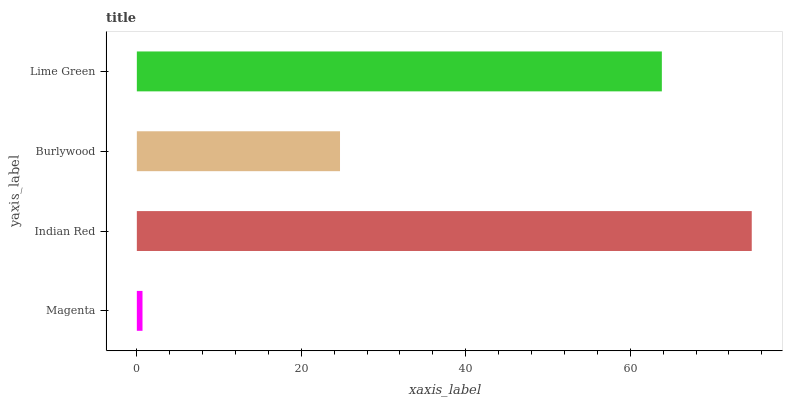
| yaxis_label | bars |
 | --- | --- |
 | Magenta | 0.689 |
 | Indian Red | 74.8 |
 | Burlywood | 24.7 |
 | Lime Green | 63.8 |